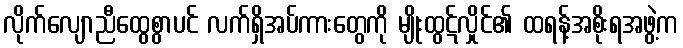
လိုက်လျောညီထွေစွာပင် လက်ရှိအပ်ကားတွေကို မျိုးထွဋ်လှိုင်၏ ထရန့်အစိုးရအဖွဲ့က